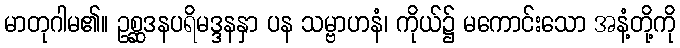
မာတုဂါမ၏။ ဥစ္ဆဒနပရိမဒ္ဒနနှာ ပန သမ္ဗာဟနံ၊ ကိုယ်၌ မကောင်းသော အနံ့တို့ကို